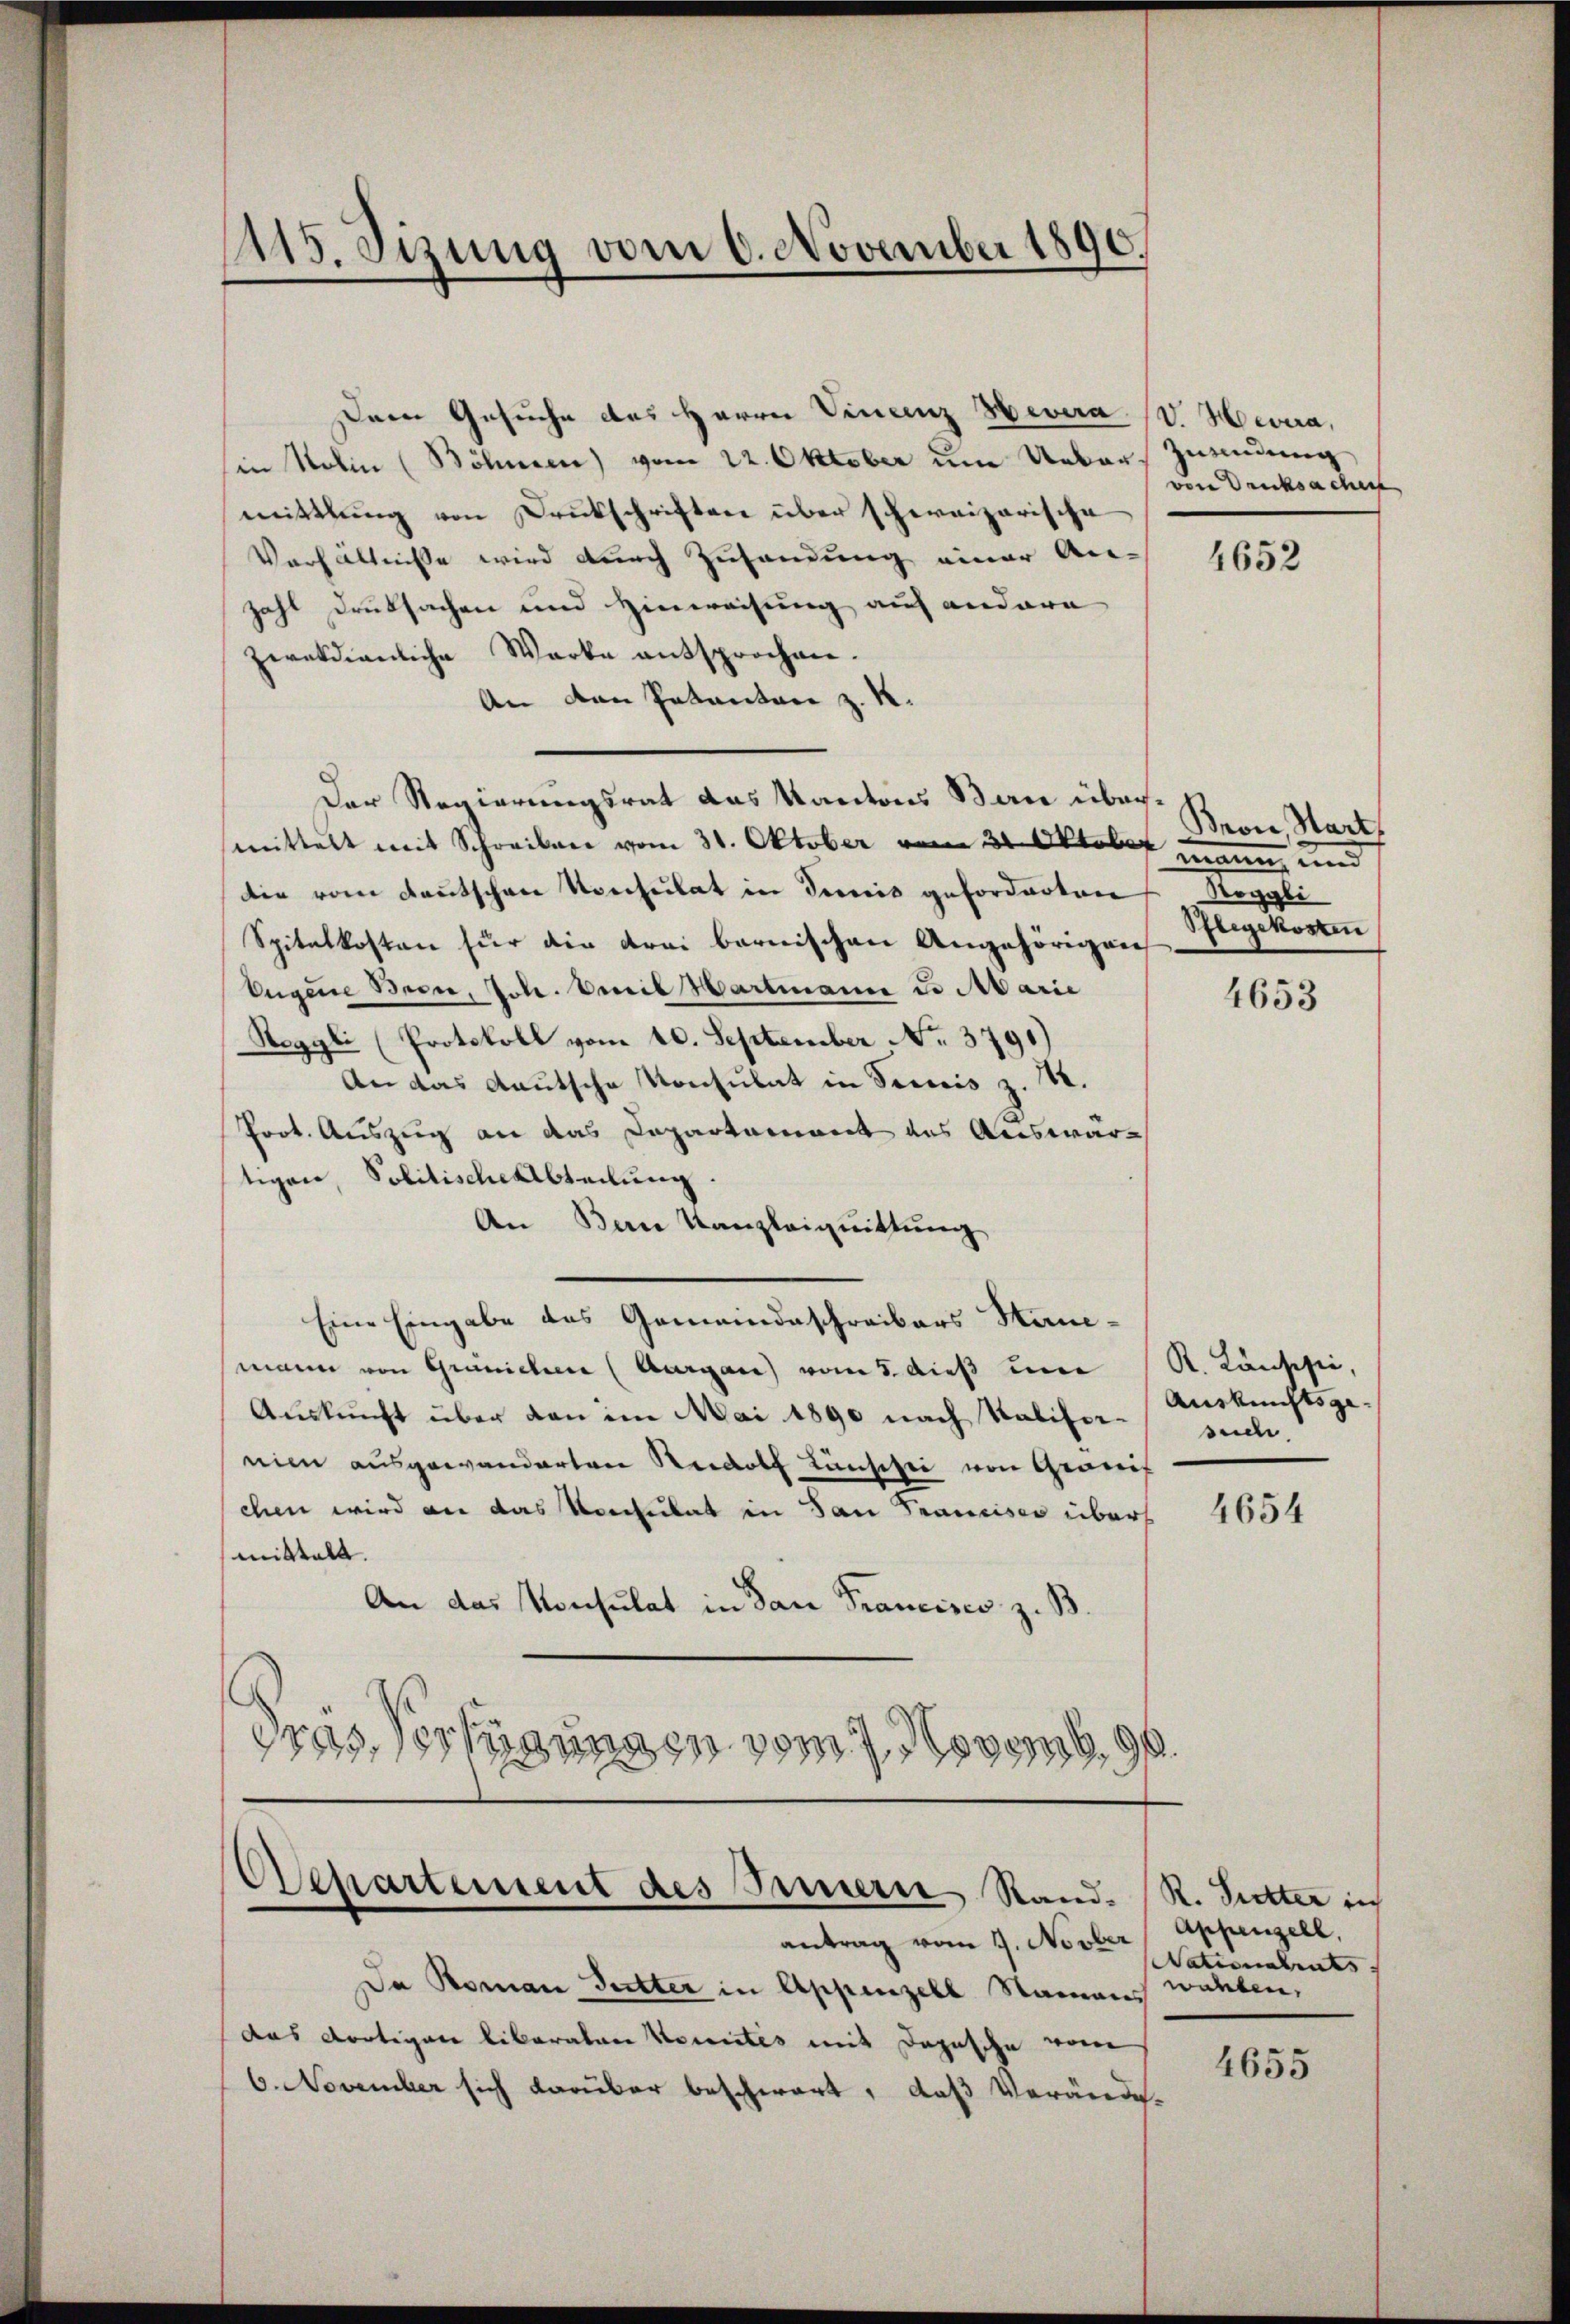
415. Sizung vom 6. November 1890.
¬

Der Gesuche des Herrn Vincenz Hevera (V. Hevira,
in Nolin (Böhmen) vom 22. Oktober um Ueber Zwendung
mittlung von Druckschriften über schweizerische
Verhältnisse wird durch Zusendung einer An-
zahl Druksachen und Hinweisung auf andere
zietdienliche Werke entsprochen.
An den Patantan z. R.
Der Regierungsrat das Kantons Bau übermittelt mit Schreiben vom 31. Oktober vom 31. Oktober
die vom deutschen Konsulat in demnis geforderten gege
Spitalkosten für die drei bernischen Angehörigen
Eugene Bern, Joh. Weib Hartmann u Marie
Reggli (Protokoll vom 10. September No. 3791)
An das deutsche Konsulat in Seis z. B.
Prot. Auszug an das Capartement aus Auswärtigen, Politische Abteilung.
An Bern Kanzleiguittung
Eine Eingabe des Gemeindeschreibers Hauemann von Grünichen (Aargau vom 5. dieß um R. Konschie,
Auskunft über den im Mai 1890 nach Kalifersuch.
nien ausgewanderten Rudolf Täuschei von Geneh
chen wird an das Konsulat in San Francises über
mittelt.
An das Konsulat in San Francisco z. B.
.
1 Vernungen vom 7. Nove
.

Departement des Innern Stand.

von Drucksacher

antrag vom 9. Novber
Da Roman Futter in Appenzell Namens
das dortigen liberaten Kenntes mit Depesche vom
6. November sich darüber beschwart, daß Verände-

4652

Bron Hart
Pflegekosten

4653

Auskunftsge¬

4654

R. Seiter in
Appenzell,
Nationalrats.
wanten,

4655